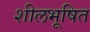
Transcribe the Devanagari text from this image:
शीलभूषित